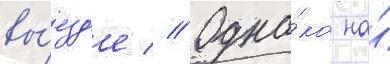
вы́езд'е // Одна́ко на́